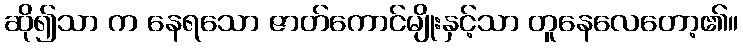
ဆို၍သာ က နေရသော ဇာတ်ကောင်မျိုးနှင့်သာ တူနေလေတော့၏။